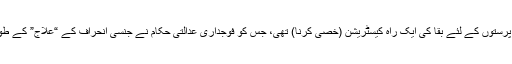
بعض ہم جنس پرستوں کے لئے بقا کی ایک راہ کیسٹریشن (خصی کرنا) تھی، جس کو فوجداری عدالتی حکام نے جنسی انحراف کے “علاج” کے طور پر پیش کیا۔